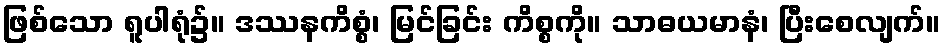
ဖြစ်သော ရူပါရုံ၌။ ဒဿနကိစ္စံ၊ မြင်ခြင်း ကိစ္စကို။ သာဓယမာနံ၊ ပြီးစေလျက်။